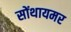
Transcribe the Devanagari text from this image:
सोंथायमर